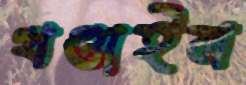
খণ্ডাইল